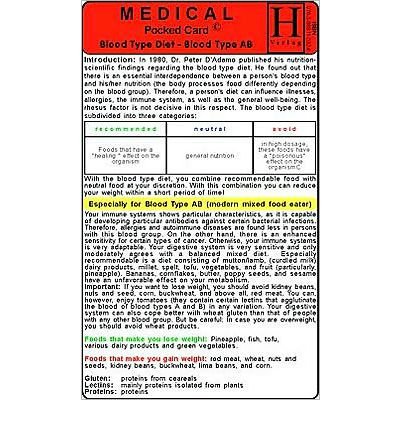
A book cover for Blood Type AB Diet - Medical Pocket Card (Cards) - Common; By (author) Verlag Hawelka; Health, Fitness & Dieting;